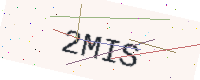
Text: 2MIS